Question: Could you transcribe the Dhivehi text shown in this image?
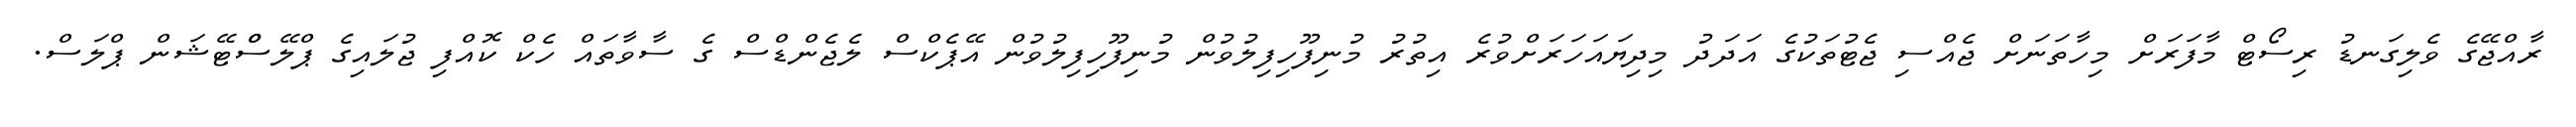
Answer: ރާއްޖޭގެ ވެލިގަނޑު ރިސޯޓް މާފަރަށް މިހާތަނަށް ޖެއްސި ޖެޓުތަކުގެ އަދަދު މިދިޔައަހަރަށްވުރެ އިތުރު މުނިފޫހިފިލުވުން މުނިފޫހިފިލުވުން އޭޕެކްސް ލެޖެންޑްސް ގެ ސާވާތައް ހެކް ކޮއްފި ޖުލައިގެ ޕްލޭސްްޓޭޝަން ޕްލަސް.